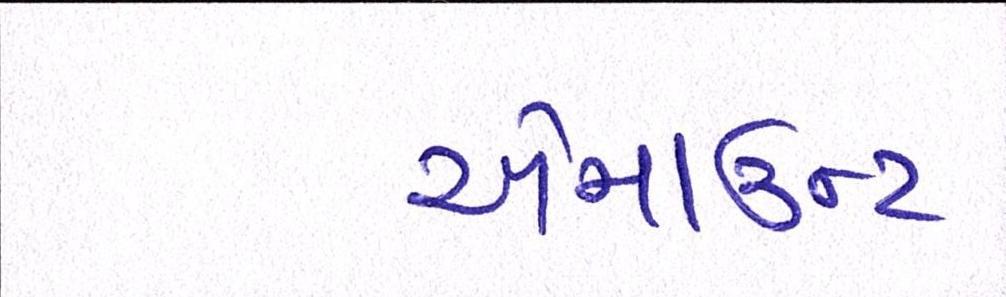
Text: એમાઉન્ટ